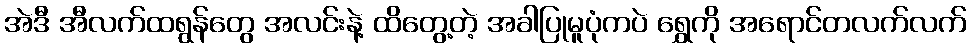
အဲဒီ အီလက်ထရွန်တွေ အလင်းနဲ့ ထိတွေ့တဲ့ အခါပြုမူပုံကပဲ ရွှေကို အရောင်တလက်လက်